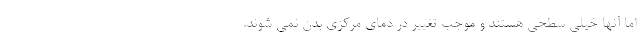
اما آنها خیلی سطحی هستند و موجب تغییر در دمای مرکزی بدن نمی شوند.